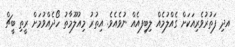
އދި ފަތުރުވެރިއަކަށް ގެއްލުމެއް ލިބިފއެއް ނުވެއެވެ. އިތުރު މިއުލޫމާތު ހޯދެއްވުމަށް ރީތި ބީޗް